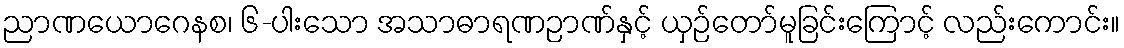
ညာဏယောဂေနစ၊ ၆-ပါးသော အသာဓာရဏဉာဏ်နှင့် ယှဉ်တော်မူခြင်းကြောင့် လည်းကောင်း။